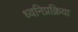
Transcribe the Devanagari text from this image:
ध्वनिप्रक्रिया